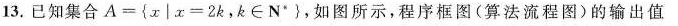
13.已知集合$$A = { x │x = 2 k，k \in N ^ { * } }$$，如图所示，程序框图(算法流程图)的输出值